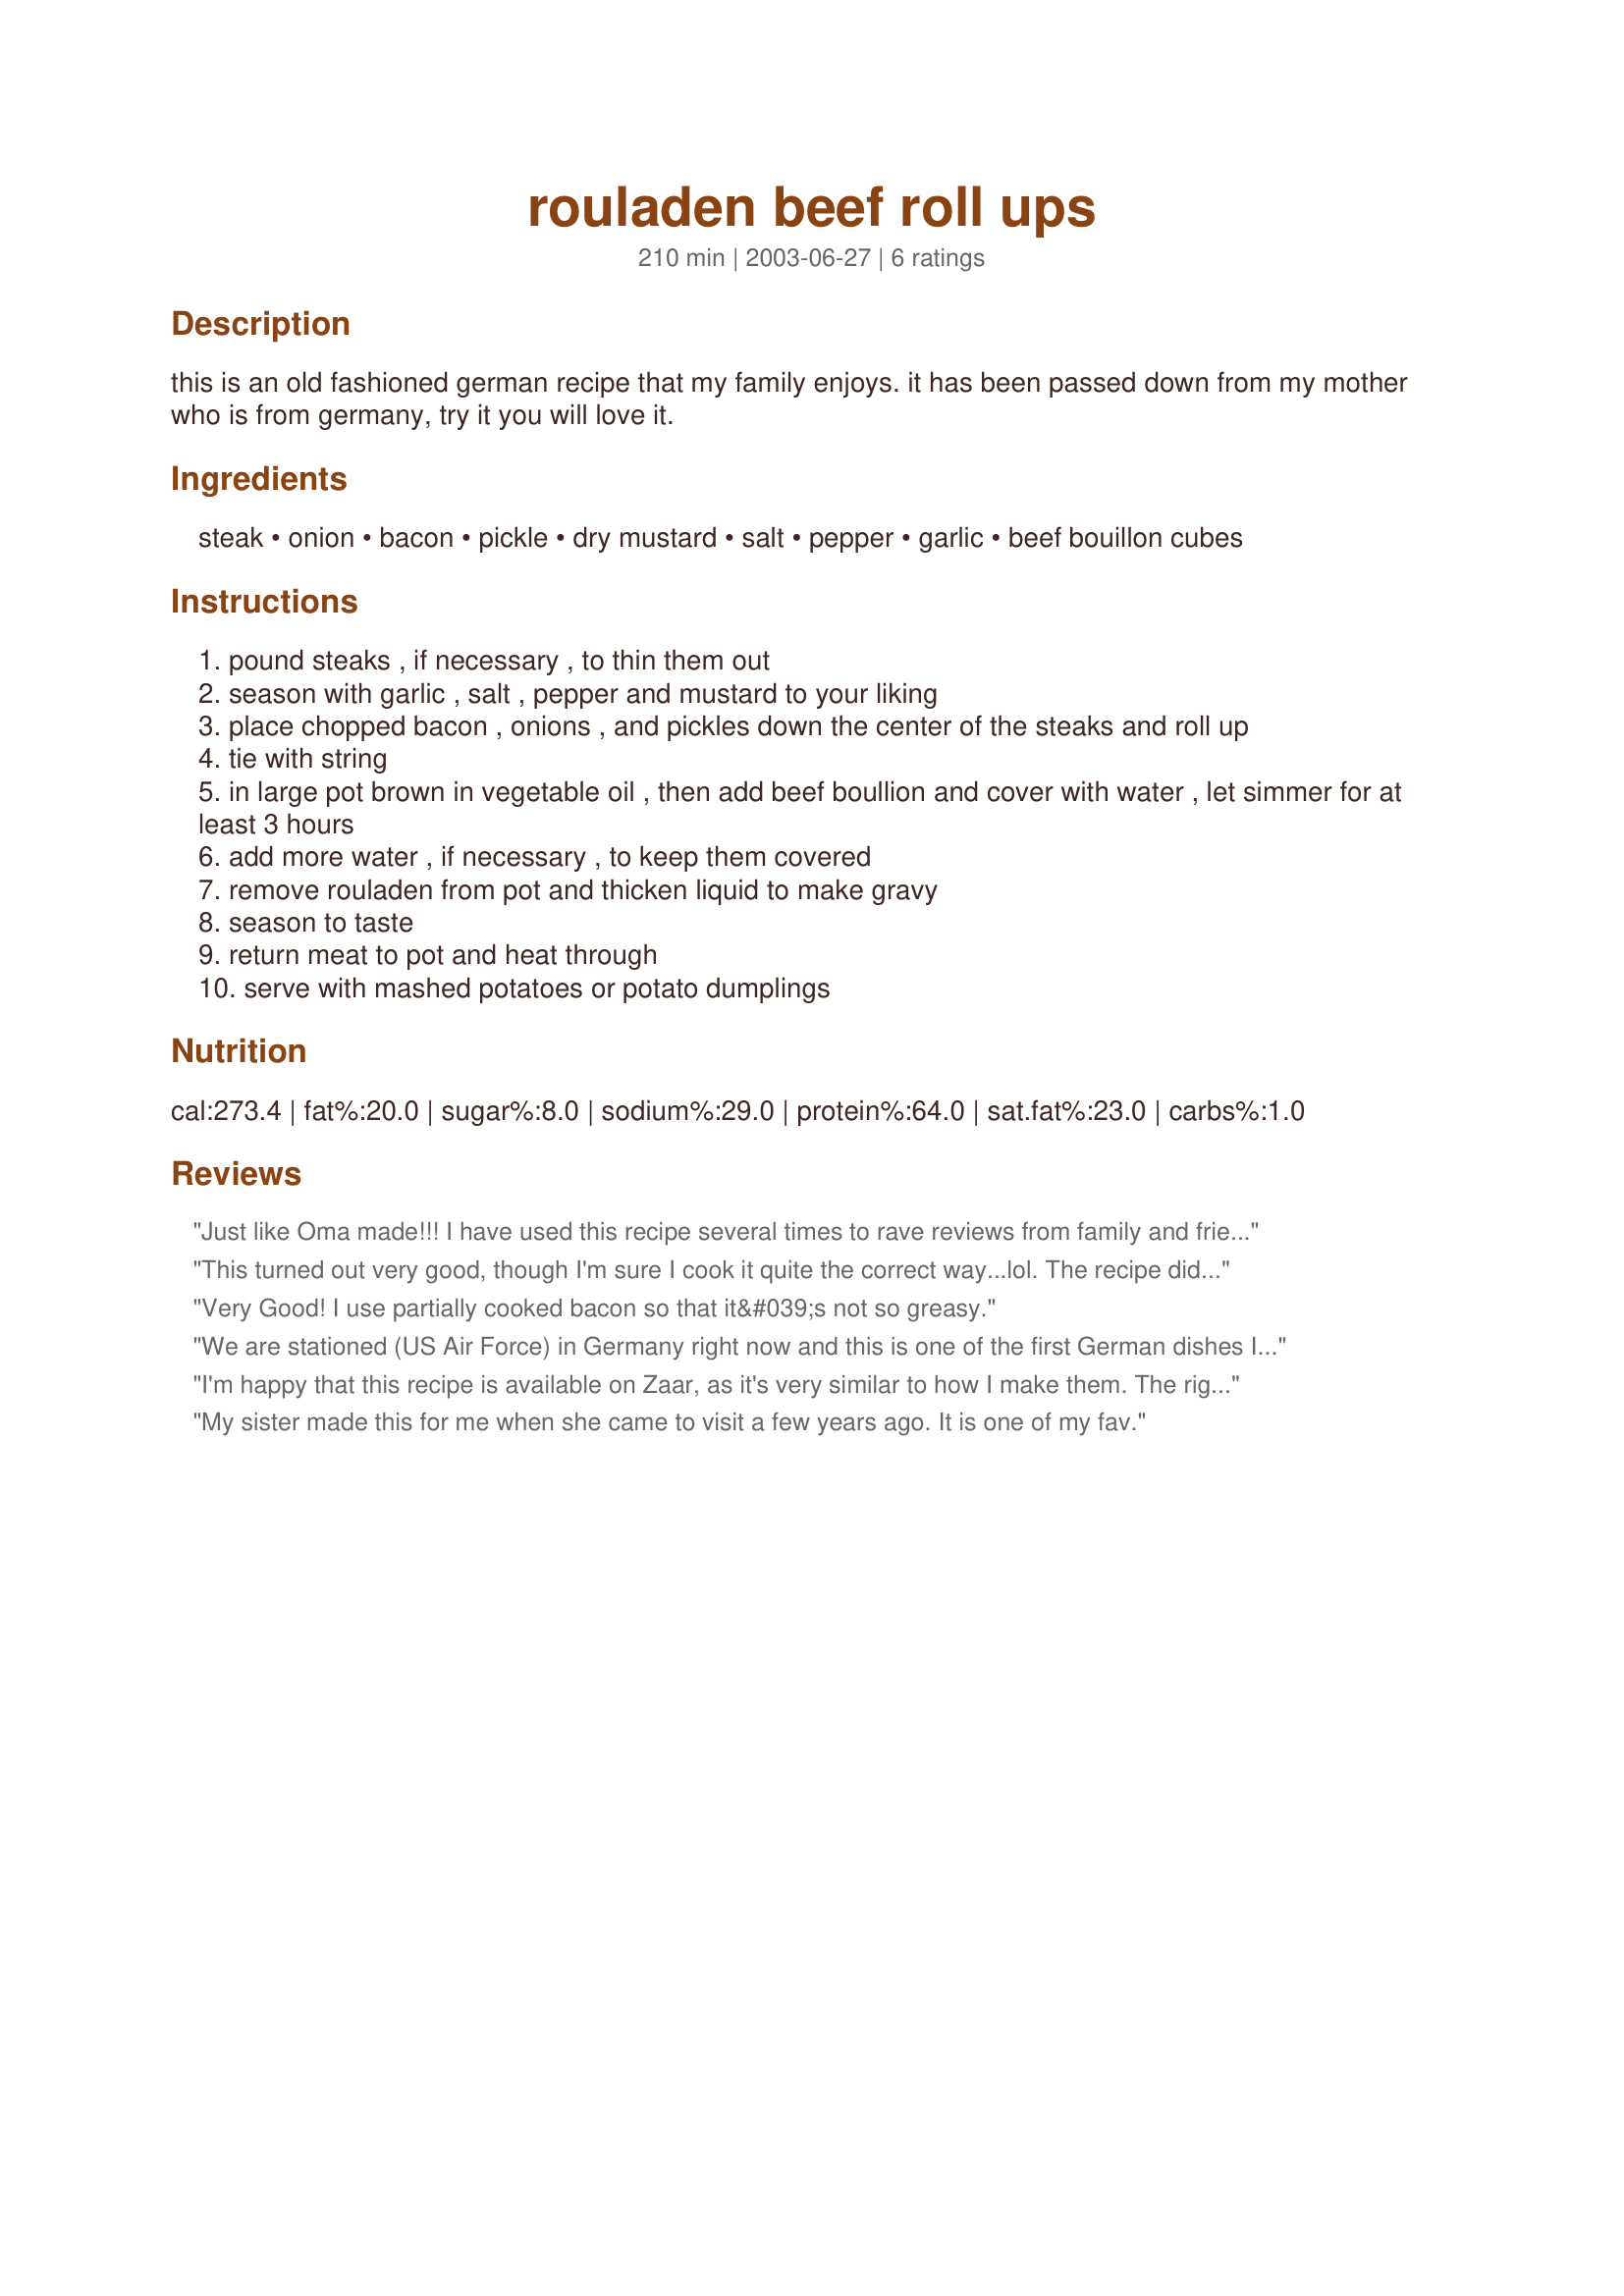
rouladen beef roll ups
Preparation time: 210 minutes

this is an old fashioned german recipe that my family enjoys. it has been passed down from my mother who is from germany, try it you will love it.

Ingredients:
steak, onion, bacon, pickle, dry mustard, salt, pepper, garlic, beef bouillon cubes

Steps:
pound steaks , if necessary , to thin them out
season with garlic , salt , pepper and mustard to your liking
place chopped bacon , onions , and pickles down the center of the steaks and roll up
tie with string
in large pot brown in vegetable oil , then add beef boullion and cover with water , let simmer for at least 3 hours
add more water , if necessary , to keep them covered
remove rouladen from pot and thicken liquid to make gravy
season to taste
return meat to pot and heat through
serve with mashed potatoes or potato dumplings

Reviews:
Just like Oma made!!! I have used this recipe several times to rave reviews from family and friends. To zip it up a bit I add some white wine to the gravy.
This turned out very good, though I'm sure I cook it quite the correct way...lol. The recipe didn't say if the bacon should be cooked or not...I recommend you cook it. I used a large sauce pot to cook these 2 at a time, and then threw them all in at the end with the broth. I only let them cook about an hour to 1 1/2 hours and they were great. Thanks for posting this. We really enjoyed it. :)
Very Good! I use partially cooked bacon so that it&#039;s not so greasy.
We are stationed (US Air Force) in Germany right now and this is one of the first German dishes I made. The stores in Germany actually sell rouladen meat already sliced so if you can find it, use it. The pickles are what make this such a unique dish so I recommend adding them. This is definitely a unique dish but it is a nice change of pace.
I'm happy that this recipe is available on Zaar, as it's very similar to how I make them. The right meat is hard to find in my neck of the woods. The only changes I made were, I used regular mustard and I put in a half of a pickle instead of chopped. Delicious. :)
My sister made this for me when she came to visit a few years ago. It is one of my fav.
